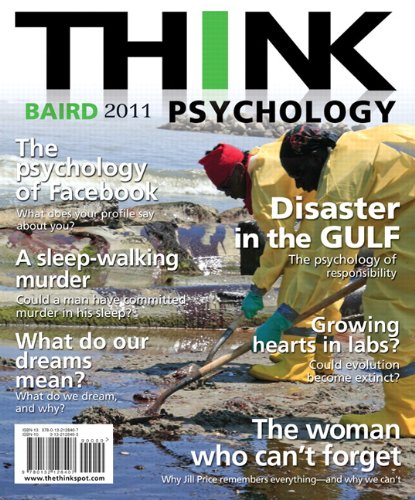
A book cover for THINK Psychology (2nd Edition); Abigail A. Baird; Medical Books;